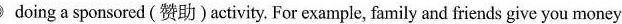
doing a sponsored(赞助)activity For example, family and friends give you money